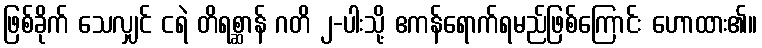
ဖြစ်ခိုက် သေလျှင် ငရဲ တိရစ္ဆာန် ဂတိ ၂-ပါးသို့ ဧကန်ရောက်ရမည်ဖြစ်ကြောင်း ဟောထား၏။